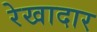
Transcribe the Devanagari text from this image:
रेखादार